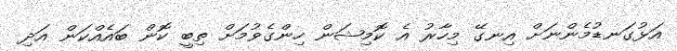
އަޅުގަނޑުމެންނަށް އިނގޭ މިހާރު އެ ކޮމިޝަން ހިންގެވުމަށް ތިބީ ކޮން ބައެއްކަން އަދި